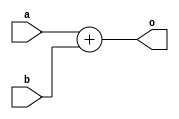
module basic_add(input [1:0] a, input [1:0] b, output [1:0] o);
	assign o = a + b;
endmodule